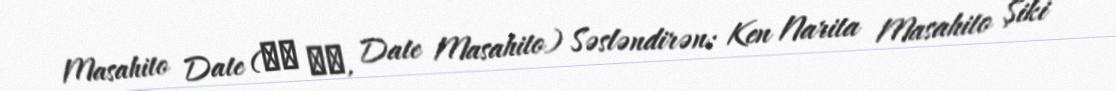
Masahito Date (伊達 雅仁, Date Masahito) Səsləndirən: Ken Narita Masahito Şiki